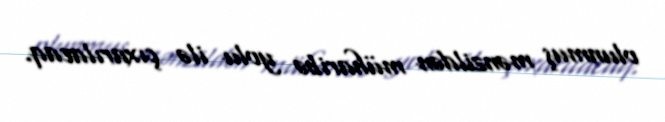
olunmuş mənzildən müharibə yolu ilə çıxarılacaq.